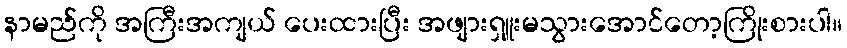
နာမည်ကို အကြီးအကျယ် ပေးထားပြီး အဖျားရှူးမသွားအောင်တော့ကြိုးစားပါ။